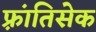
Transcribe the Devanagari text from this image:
फ़्रांतिसेक